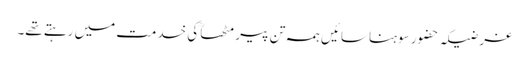
غرضیکہ حضور سوہنا سائیں ہمہ تن پیر مٹھاؒ کی خدمت میں رہتے تھے۔